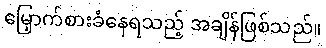
မြှောက်စားခံနေရသည့် အချိန်ဖြစ်သည်။